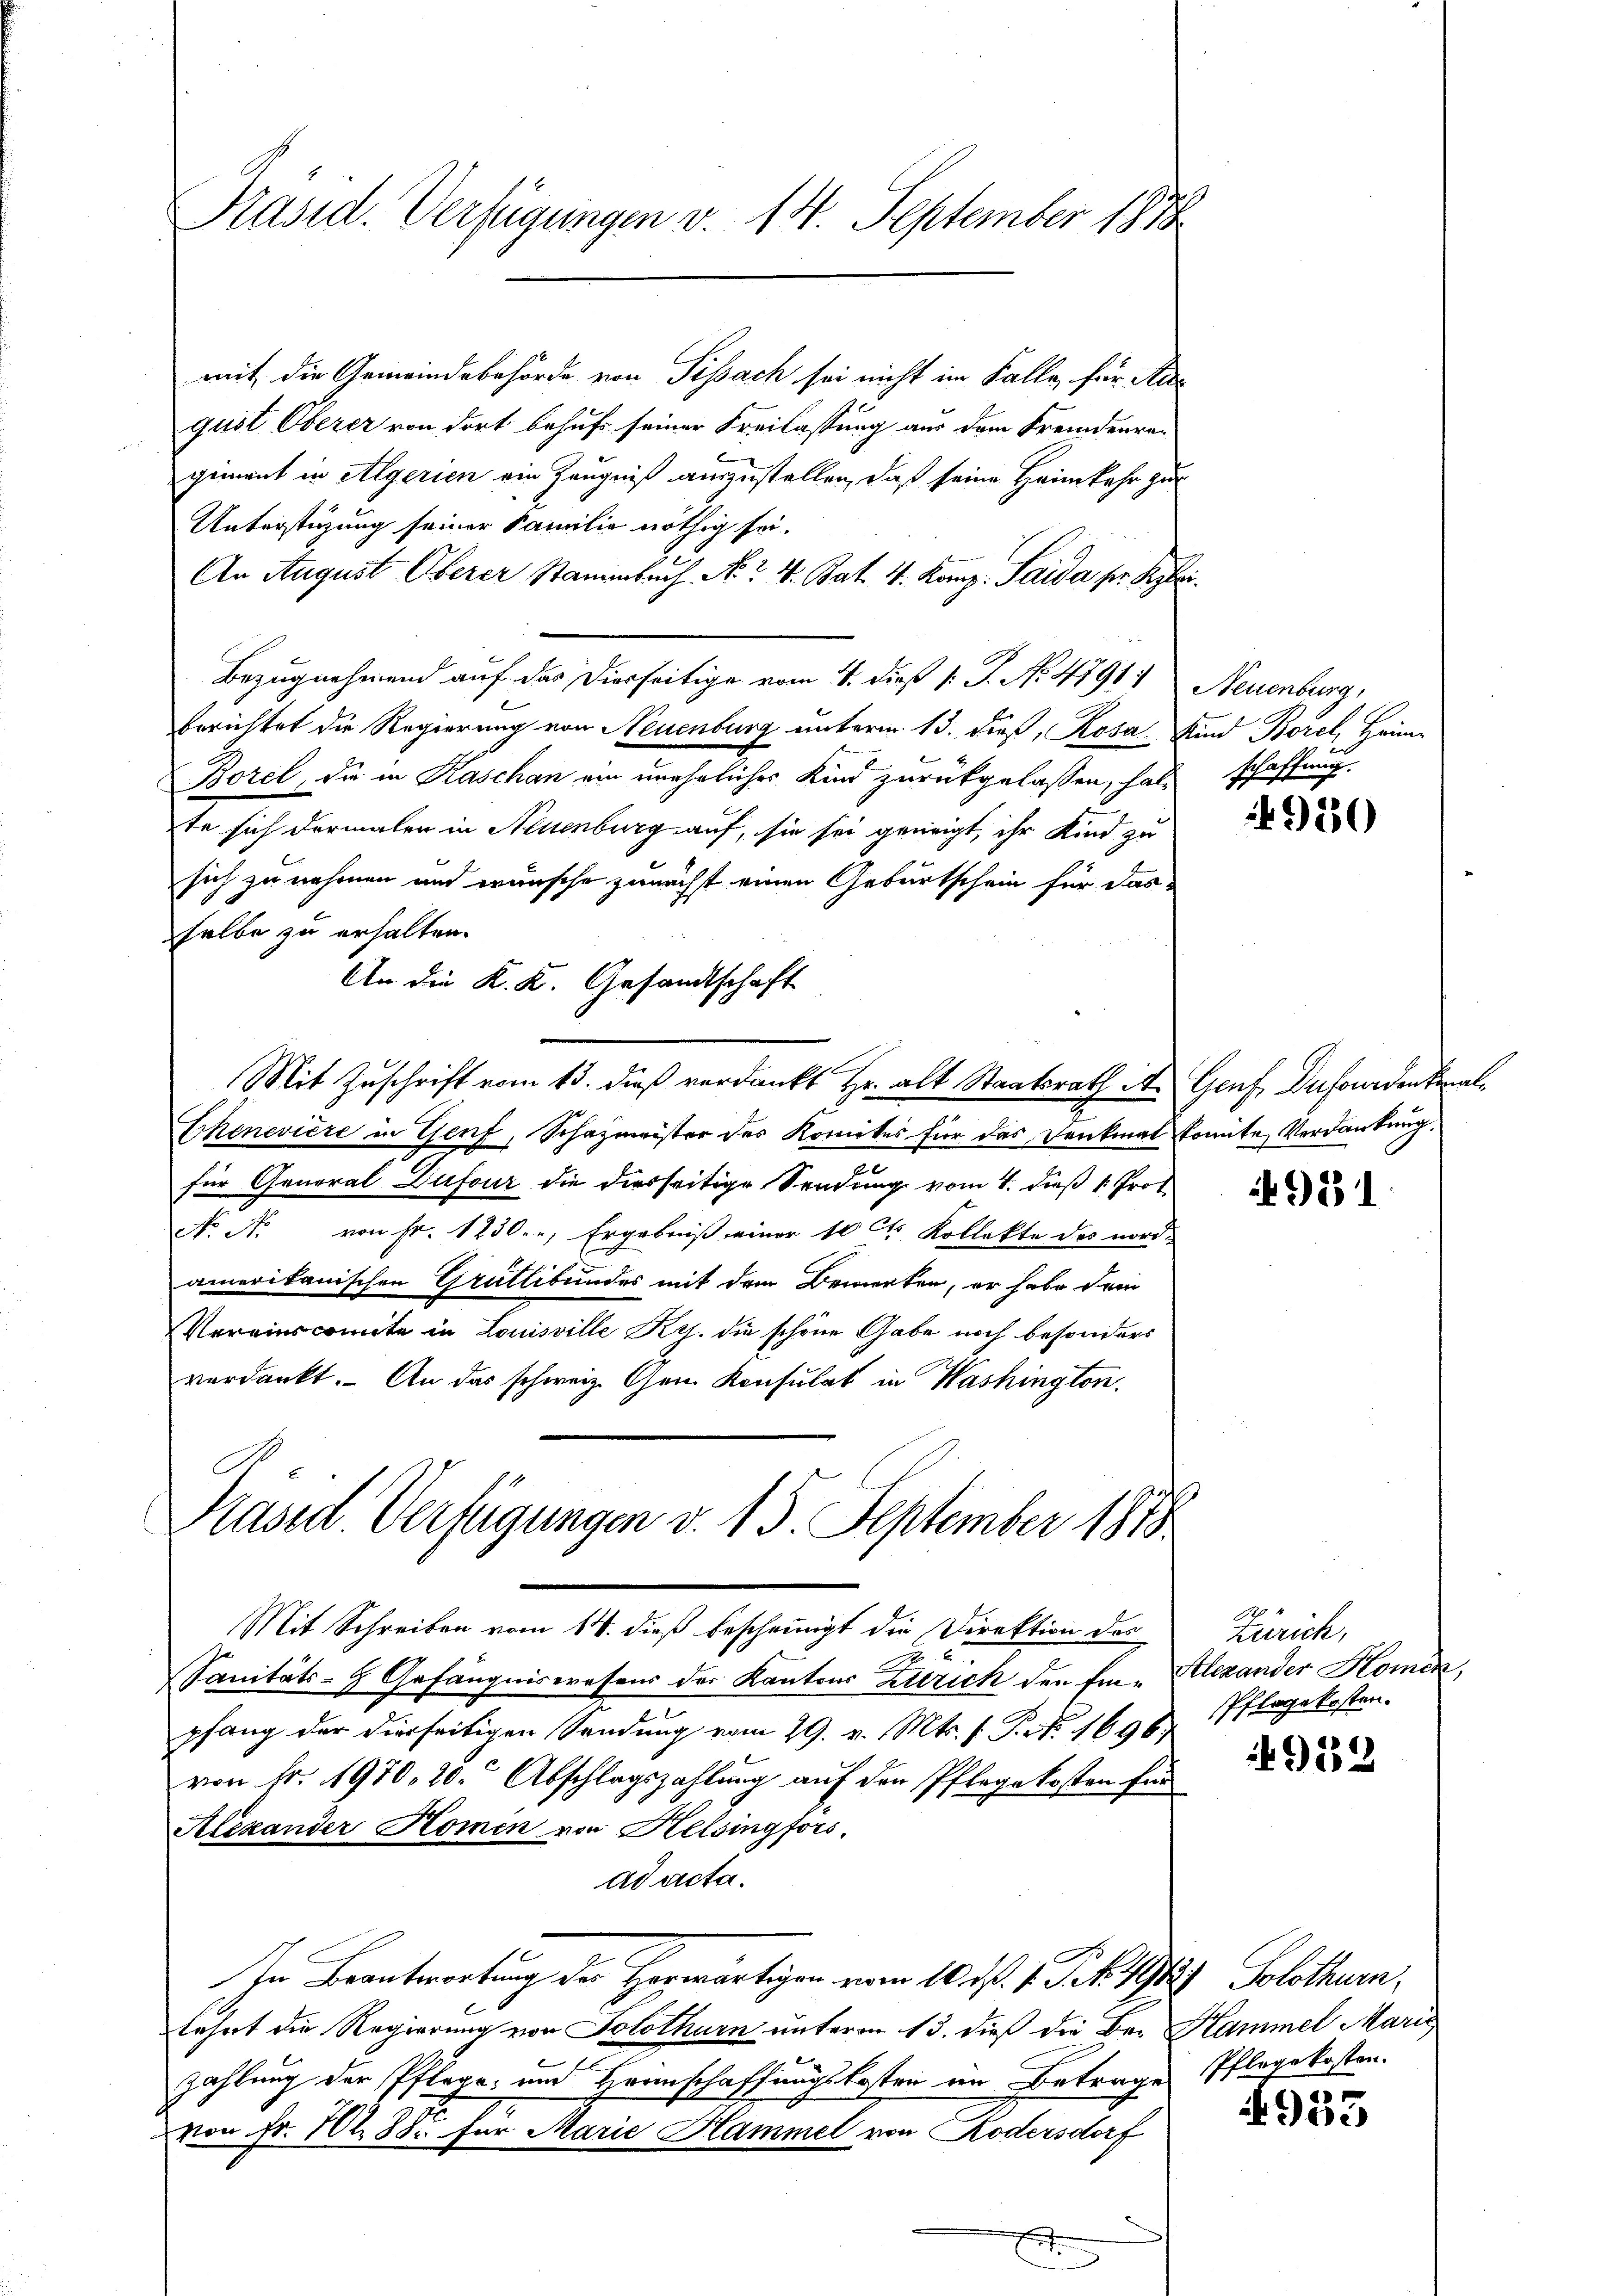
Präsid. Verfügungen v. 14. September 1878

mit die Gemeindebehörde von Pisach sei nicht im Falle, für An-
gust Oberer von dort behufs seiner Freilassung aus dem Fremdenre-
giment in Algerien ein Zeugniß auszustellen, daß seine Heimkehr zu
Unterstüzung seiner Familie nöthig sei.
An August Oberer Stammbach No. 4. Bat. 4. Komp. Saida pr. Beybri
Bezugnehmend auf das Dierseitige vom 4. dieß s. S. No 4791, Neuenburg,
berichtet die Regierung von Neuenburg unterm 13. dieß, Rosa Kind Borel, Heim
Borel, die in Kaschan ein unehrliches Kind zurückgelassen, halte sich dermalen in Neuenburg auf, sie sei geneigt, ihr Kind zu
sich zu nehmen und wünsche zunächst einen Geburtschein für das
selbe zu erhalten.
An die K. K. Gesandtschaft
Mit Zuschrift vom 13. dieß verdankt Hr. alt Staatsrath ist. Genf, Dufordenken al¬
Echenevière in Genf, Schazmeister des Komites für das Denkmal konnte Verdankung.
e
für General Dufour die diesseitige Sendung vom 4. dieß 1. Prof.
N. N. von Fr. 1230., Ergebniß einer 10 Ct. Kollekte des nord-
amerikanischen Grütlibundes mit dem Bemerken, er habe dein
Vereinscomite in Louisville Res. die schöne Gabe noch besonders
verdankt. An das schweiz. Gem Konsulat in Washington.
Präsid. Verfügungen v. 15. September 1878

Mit Schreiben vom 18. dieß bescheinigt die Direktion des

25
Sanitäts- & Gefängniswesens der Kantons Zutrick den Ein- Alexander Komen,
pfang der dierseitigen Sendung vom 29. v. Mts. f. P. Nr. 1696;
von Fr. 1970, 20. Abschlagszahlung auf den Pflege kosten für
Alexander Komen von Helsingfors
ad acta.
In Beantwortung der Horwärtigen vom 10. ds. f. St. 1912) Solothurn,
tehnt die Regierung von Solothurn unterm 13. dieß die Dr. Hammel Marie
zahlung der Pflege und Hranschaffungskosten im Betrage
von Fr. 702 88 für Marie Hammel von Kodersdorf

schaffung.
J

4950

931

Zürich,
Pflegekosten.

832

Pflegekosten.

953